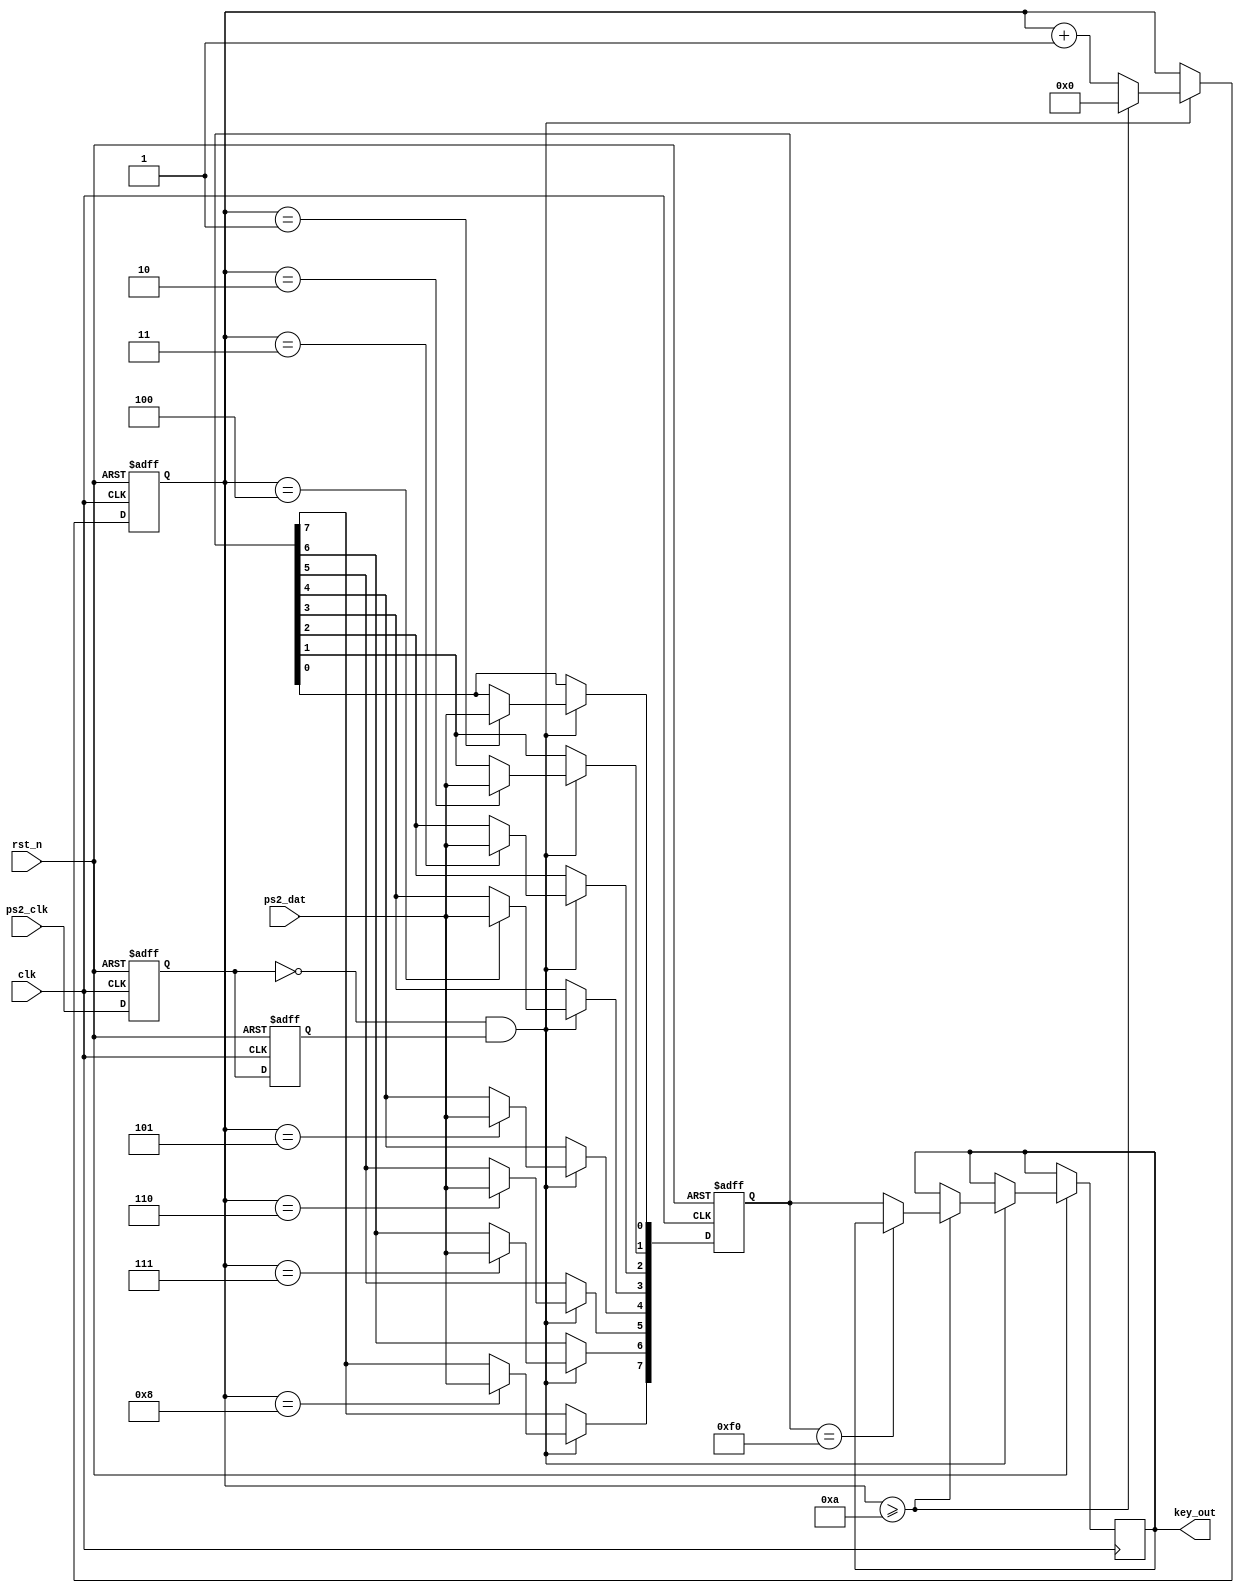
module Keyboard(
  input            clk,                  // System Clock            
  input            rst_n,                // Reset             
  input            ps2_clk,              // PS2_Clock
  input            ps2_dat,              // PS2_Data 
  output	 [7:0]   key_out
);

assign key_out = ps2_byte;
// ps2_Clock Filter //
reg ps2_clk_r0, ps2_clk_r1;
wire ps2_clk_n = (~ps2_clk_r1) & ps2_clk_r0; // Cur = 0 Before = 1 //

always @ (posedge clk, negedge rst_n) 
begin
  if (!rst_n) begin
    ps2_clk_r0 <= 1'b0;
    ps2_clk_r1 <= 1'b0;
  end
  else begin
    ps2_clk_r1 <= ps2_clk; // Cur
    ps2_clk_r0 <= ps2_clk_r1; // Before
  end
end 


// ps2_Dat 11bit //
reg [3:0] cnt; 
reg [7:0] ps2_byte;  
reg [7:0] ps2_byte_buf;   
        
always @ (posedge clk or negedge rst_n) begin
  if (!rst_n)
    cnt <= 0;
  else if (ps2_clk_n) begin                           
    if (cnt >= 4'hA) begin              
		if (ps2_byte_buf == 8'hF0);
		else	
		  ps2_byte <= ps2_byte_buf; 
		cnt <= 0;	
	end	else
      cnt <= cnt + 1'b1;
  end
end
     

always @ (posedge clk or negedge rst_n) begin
  if(!rst_n) 
      ps2_byte_buf <= 8'h0;
  else if (ps2_clk_n)                   
    case (cnt)
      4'h1    : ps2_byte_buf[0] <= ps2_dat;  // bit0
      4'h2    : ps2_byte_buf[1] <= ps2_dat;  // bit1
      4'h3    : ps2_byte_buf[2] <= ps2_dat;  // bit2
      4'h4    : ps2_byte_buf[3] <= ps2_dat;  // bit3
      4'h5    : ps2_byte_buf[4] <= ps2_dat;  // bit4
      4'h6    : ps2_byte_buf[5] <= ps2_dat;  // bit5
      4'h7    : ps2_byte_buf[6] <= ps2_dat;  // bit6
      4'h8    : ps2_byte_buf[7] <= ps2_dat;  // bit7
      default : ;
    endcase
end

             
// // 鍵盤Dat -> Ascii Code //
// always @ (ps2_byte) begin
//   case (ps2_byte)
//     8'h16	:begin
// 		KB <= 0;
// 	end
// 	8'h1E	:begin
// 		KB <= 1;
// 	end
// 	8'h26	:begin
// 		KB <= 2;
// 	end
// 	8'h25	:begin
// 		KB <= 3;
// 	end
  
//     default : ;	
//   endcase
//  end


endmodule